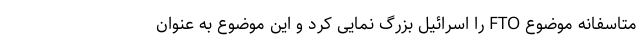
متاسفانه موضوع FTO را اسرائیل بزرگ نمایی کرد و این موضوع به عنوان